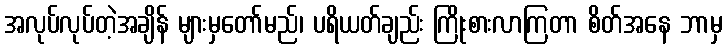
အလုပ်လုပ်တဲ့အချိန် များမှတော်မည်၊ ပရိယတ်ချည်း ကြိုးစားလာကြတာ စိတ်အနေ ဘာမှ